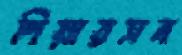
পিয়ারসন